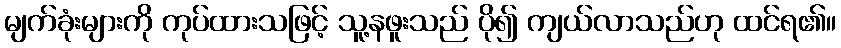
မျက်ခုံးများကို ကုပ်ထားသဖြင့် သူ့နဖူးသည် ပို၍ ကျယ်လာသည်ဟု ထင်ရ၏။